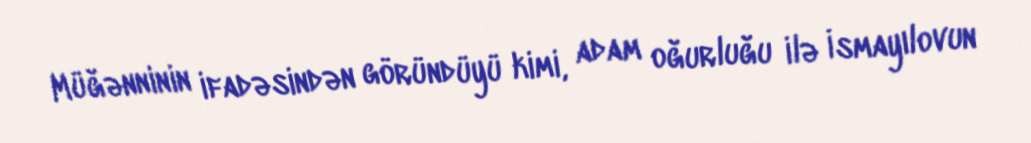
Müğənninin ifadəsindən göründüyü kimi, adam oğurluğu ilə İsmayılovun